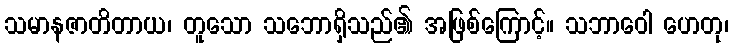
သမာနဇာတိတာယ၊ တူသော သဘောရှိသည်၏ အဖြစ်ကြောင့်။ သဘာဝေါ ဟေတု၊